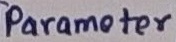
Text: Parameter